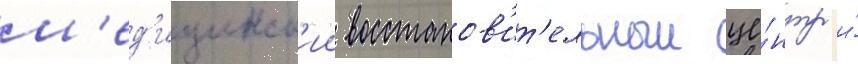
м'ед'ицинск'ии восстанов'ит'ельныи це́нтр и́